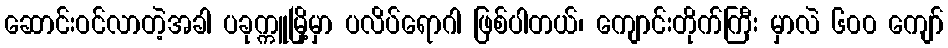
ဆောင်းဝင်လာတဲ့အခါ ပခုက္ကူမြို့မှာ ပလိပ်ရောဂါ ဖြစ်ပါတယ်၊ ကျောင်းတိုက်ကြီး မှာလဲ ၆၀၀ ကျော်